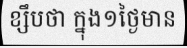
ខ្សឹបថា ក្នុង១ថ្ងៃមាន